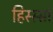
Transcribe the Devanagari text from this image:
हिस्स्सा